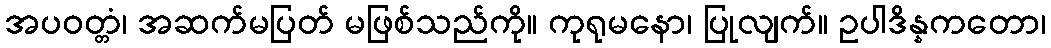
အပဝတ္တံ၊ အဆက်မပြတ် မဖြစ်သည်ကို။ ကုရုမနော၊ ပြုလျက်။ ဥပါဒိန္နကတော၊